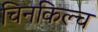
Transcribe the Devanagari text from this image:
चिनकिल्च